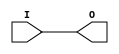
`timescale 1ns / 1ps
module BUFG(input I, output O);
assign O = I;
endmodule